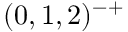
( 0 , 1 , 2 ) ^ { - + }